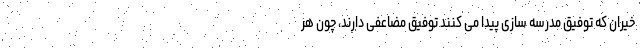
خیران که توفیق مدرسه سازی پیدا می کنند توفیق مضاعفی دارند، چون هر